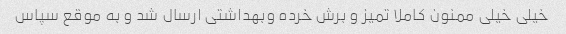
خیلی خیلی ممنون کاملا تمیز و برش خرده وبهداشتی ارسال شد و به موقع سپاس